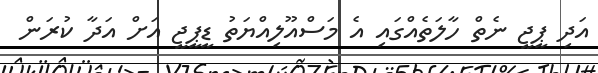
އަދި ޕީޖީ ނެތް ހާލަތެއްގައި އެ މަސްއޫލިއްޔަތު ޑީޕީޖީ އަށް އަދާ ކުރަން